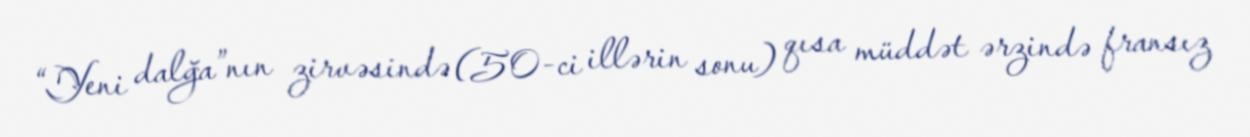
“Yeni dalğa”nın zirvəsində (50-ci illərin sonu) qısa müddət ərzində fransız